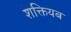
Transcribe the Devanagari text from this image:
शक्तियब